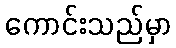
ကောင်းသည်မှာ